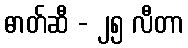
ဓာတ်ဆီ - ၂၅ လီတာ